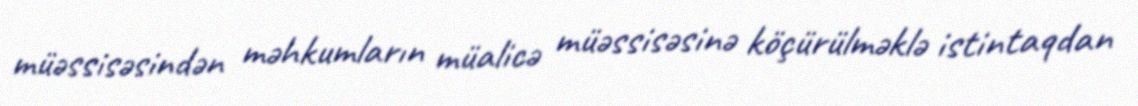
müəssisəsindən məhkumların müalicə müəssisəsinə köçürülməklə istintaqdan